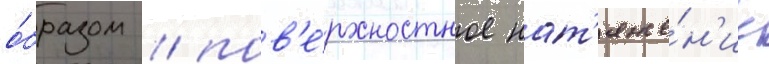
о́бразом / пов'е́рхностное нат'яже́н'ие